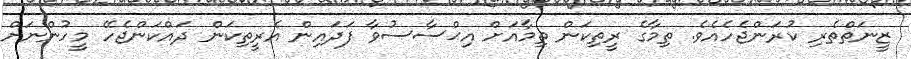
ޒީނަތްތެރި ކުރަންޖެހެއެވެ. ތިމާގެ ރީތިކަން ތިމާއަށް އިޙްސާސުވާ ފަދައިން އެރީތިކަން ދައްކަންޖެހޭ މީހުންނަށް